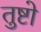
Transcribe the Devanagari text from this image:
तुष्टो